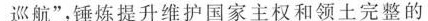
巡航”，锤炼提升维护国家主权和领土完整的